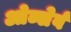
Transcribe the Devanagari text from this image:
ओब्सेर्व